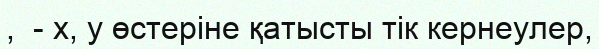
,  - x, y өстеріне қатысты тік кернеулер,